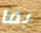
بما